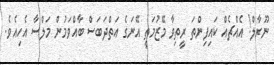
ނޫރާލް! އެއްޗެއް ކައިފިންތަ ރީތިވާ މޭޒުމަތީ އޭނަގެ އަތްދަބަސް ބާއްވަމުން މަލްސާ އެހިއެވެ.